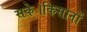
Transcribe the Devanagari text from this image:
सके।किसानों